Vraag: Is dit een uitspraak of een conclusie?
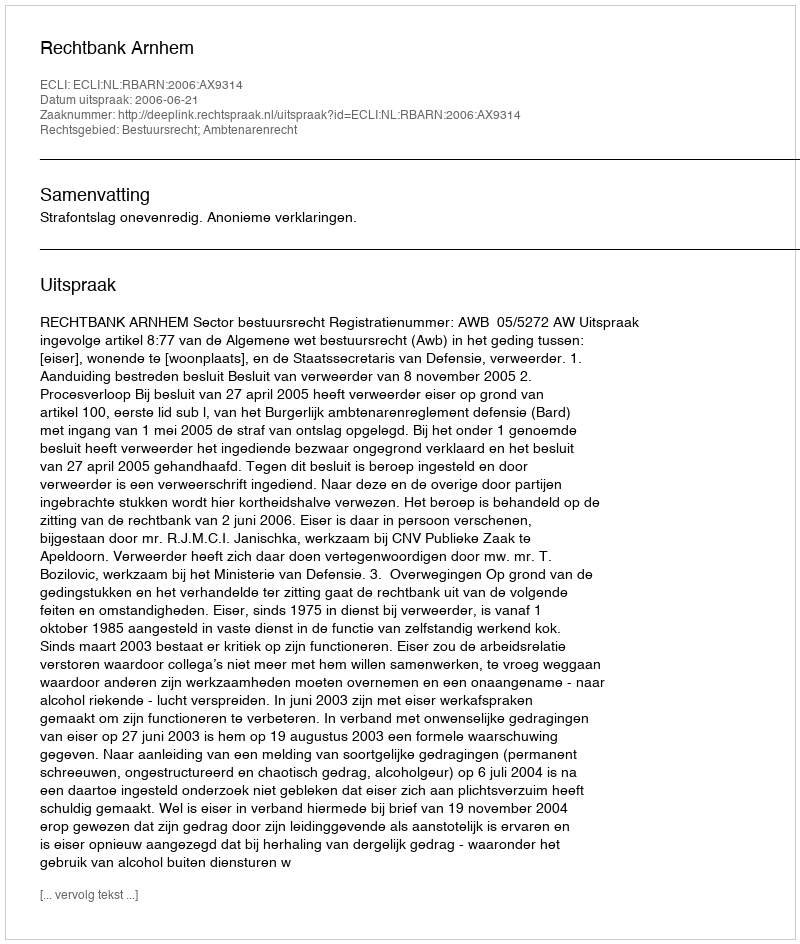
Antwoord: Uitspraak